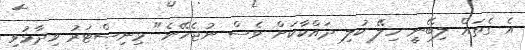
އެ ގެތައް ލިބޭނީ ހިލޭ ކުލި ދައްކާކަށް ވެސް ނުޖެހޭނެ" މިނިސްޓަރު ވިދާޅުވި